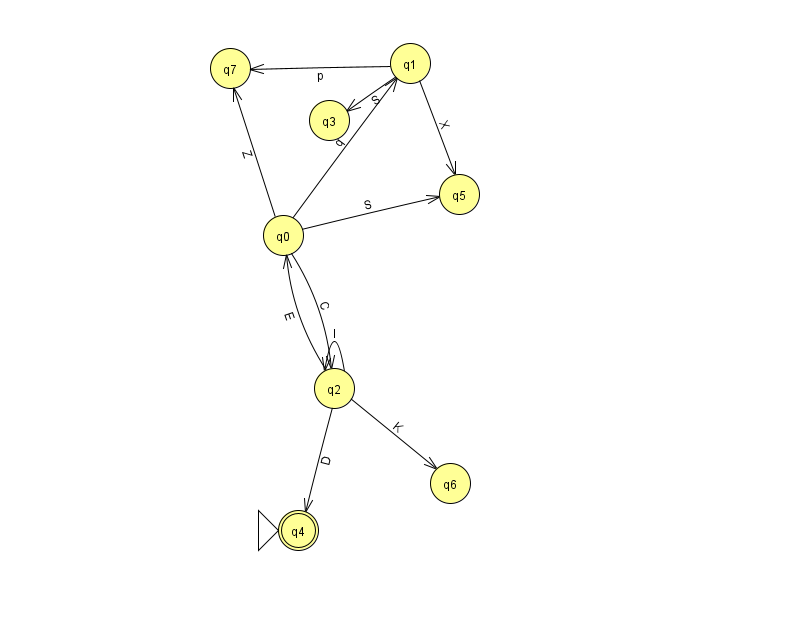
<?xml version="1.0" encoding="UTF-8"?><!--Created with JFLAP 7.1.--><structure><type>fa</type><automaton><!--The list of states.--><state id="0" name="q0"><x>283.0</x><y>222.0</y></state><state id="1" name="q1"><x>410.0</x><y>50.0</y></state><state id="2" name="q2"><x>334.0</x><y>375.0</y></state><state id="3" name="q3"><x>329.0</x><y>107.0</y></state><state id="4" name="q4"><x>298.0</x><y>517.0</y><initial/><final/></state><state id="5" name="q5"><x>459.0</x><y>181.0</y></state><state id="6" name="q6"><x>450.0</x><y>470.0</y></state><state id="7" name="q7"><x>230.0</x><y>55.0</y></state><!--The list of transitions.--><transition><from>0</from><to>5</to><read>S</read></transition><transition><from>2</from><to>0</to><read>E</read></transition><transition><from>0</from><to>1</to><read>q</read></transition><transition><from>1</from><to>3</to><read>S</read></transition><transition><from>0</from><to>2</to><read>C</read></transition><transition><from>0</from><to>7</to><read>Z</read></transition><transition><from>2</from><to>6</to><read>K</read></transition><transition><from>1</from><to>5</to><read>X</read></transition><transition><from>2</from><to>2</to><read>I</read></transition><transition><from>2</from><to>4</to><read>D</read></transition><transition><from>1</from><to>7</to><read>p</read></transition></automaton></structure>